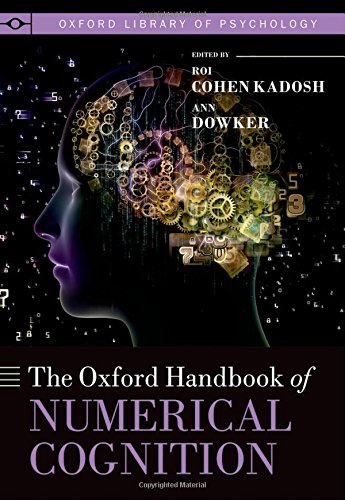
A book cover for The Oxford Handbook of Numerical Cognition (Oxford Library of Psychology); Medical Books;